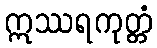
ဣဿရကုတ္တံ